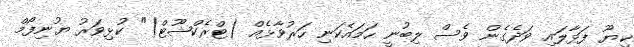
ކިޔޫ ފަޅާލައި ވަދެގެން ވެސް ލިބުނީ ހަމައެކަނި ހަރުވާޅެއް (ޓްރެކްޝޫޓް)" ކުޅިވަރު ޔުނިފޯމް